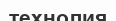
технолия